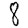
Digit: 8